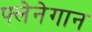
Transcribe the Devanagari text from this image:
फ्लेनेगान